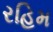
રહિમ